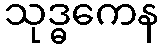
သုဒ္ဓကေန